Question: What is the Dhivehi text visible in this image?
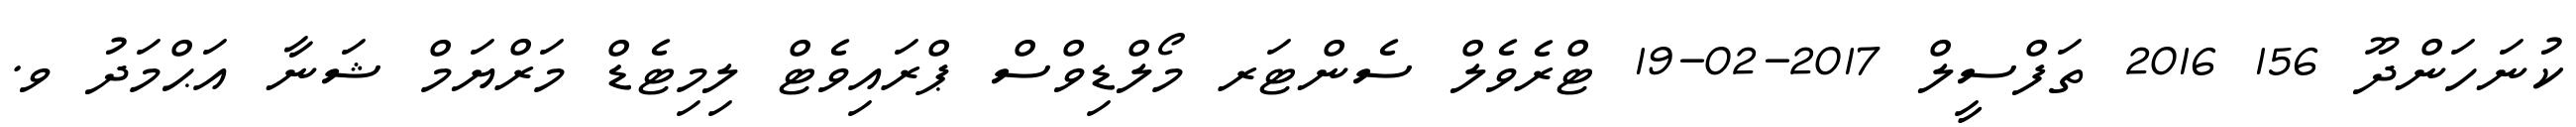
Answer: ކުނަހަންދޫ 156 2016 ތަފްސީލް 2017-02-19 ޓްރެވެލް ސެންޓަރ މޯލްޑިވްސް ޕްރައިވެޓް ލިމިޓެޑް މަރްޔަމް ޝަނާ އަޙްމަދު ވ.